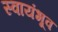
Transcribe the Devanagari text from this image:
स्वायंभूव